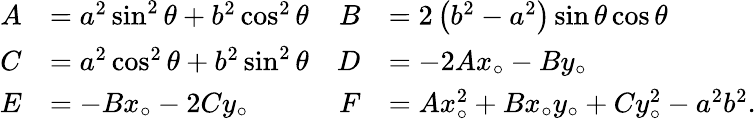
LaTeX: {\begin{array}{rlrl}{A}&{=a^{2}\sin^{2}\theta+b^{2}\cos^{2}\theta}&{B}&{=2\left(b^{2}-a^{2}\right)\sin\theta\cos\theta}\\ {C}&{=a^{2}\cos^{2}\theta+b^{2}\sin^{2}\theta}&{D}&{=-2Ax_{\circ}-By_{\circ}}\\ {E}&{=-Bx_{\circ}-2Cy_{\circ}}&{F}&{=Ax_{\circ}^{2}+Bx_{\circ}y_{\circ}+Cy_{\circ}^{2}-a^{2}b^{2}.}\end{array}}